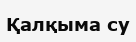
Қалқыма су